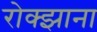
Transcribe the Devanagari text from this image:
रोक्झाना